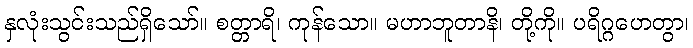
နှလုံးသွင်းသည်ရှိသော်။ စတ္တာရိ၊ ကုန်သော။ မဟာဘူတာနိ၊ တို့ကို။ ပရိဂ္ဂဟေတွာ၊